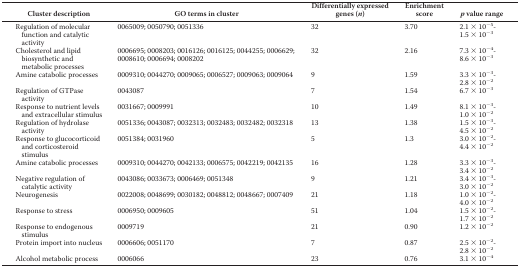
<table><thead><tr><td><b>Cluster description</b></td><td><b>GO terms in cluster</b></td><td><b>Differentially expressed genes (<i>n</i>)</b></td><td><b>Enrichment score</b></td><td><b><i>p</i> value range</b></td></tr></thead><tbody><tr><td>Regulation of molecular function and catalytic activity</td><td>0065009; 0050790; 0051336</td><td>32</td><td>3.70</td><td>2.1 × 10<sup>−5</sup>-1.5 × 10<sup>−3</sup></td></tr><tr><td>Cholesterol and lipid biosynthetic and metabolic processes</td><td>0006695; 0008203; 0016126; 0016125; 0044255; 0006629; 0008610; 0006694; 0008202</td><td>32</td><td>2.16</td><td>7.3 × 10<sup>−4</sup>-8.6 × 10<sup>−3</sup></td></tr><tr><td>Amine catabolic processes</td><td>0009310; 0044270; 0009065; 0006527; 0009063; 0009064</td><td>9</td><td>1.59</td><td>3.3 × 10<sup>−3</sup>-2.8 × 10<sup>−2</sup></td></tr><tr><td>Regulation of GTPase activity</td><td>0043087</td><td>7</td><td>1.54</td><td>6.7 × 10<sup>−3</sup></td></tr><tr><td>Response to nutrient levels and extracellular stimulus</td><td>0031667; 0009991</td><td>10</td><td>1.49</td><td>8.1 × 10<sup>−3</sup>-1.0 × 10<sup>−2</sup></td></tr><tr><td>Regulation of hydrolase activity</td><td>0051336; 0043087; 0032313; 0032483; 0032482; 0032318</td><td>13</td><td>1.38</td><td>1.5 × 10<sup>−3</sup>-4.5 × 10<sup>−2</sup></td></tr><tr><td>Response to glucocorticoid and corticosteroid stimulus</td><td>0051384; 0031960</td><td>5</td><td>1.3</td><td>3.0 × 10<sup>−2</sup>-4.4 × 10<sup>−2</sup></td></tr><tr><td>Amine catabolic processes</td><td>0009310; 0044270; 0042133; 0006575; 0042219; 0042135</td><td>16</td><td>1.28</td><td>3.3 × 10<sup>−3</sup>-3.4 × 10<sup>−2</sup></td></tr><tr><td>Negative regulation of catalytic activity</td><td>0043086; 0033673; 0006469; 0051348</td><td>9</td><td>1.21</td><td>3.4 × 10<sup>−3</sup>-3.0 × 10<sup>−2</sup></td></tr><tr><td>Neurogenesis</td><td>0022008; 0048699; 0030182; 0048812; 0048667; 0007409</td><td>21</td><td>1.18</td><td>1.0 × 10<sup>−2</sup>-4.0 × 10<sup>−2</sup></td></tr><tr><td>Response to stress</td><td>0006950; 0009605</td><td>51</td><td>1.04</td><td>1.5 × 10<sup>−2</sup>-1.7 × 10<sup>−2</sup></td></tr><tr><td>Response to endogenous stimulus</td><td>0009719</td><td>21</td><td>0.90</td><td>1.2 × 10<sup>−2</sup></td></tr><tr><td>Protein import into nucleus</td><td>0006606; 0051170</td><td>7</td><td>0.87</td><td>2.5 × 10<sup>−2</sup>-2.8 × 10<sup>−2</sup></td></tr><tr><td>Alcohol metabolic process</td><td>0006066</td><td>23</td><td>0.76</td><td>3.1 × 10<sup>−4</sup></td></tr></tbody></table>